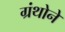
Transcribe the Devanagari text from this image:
ग्रंथोने